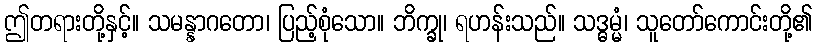
ဤတရားတို့နှင့်။ သမန္နာဂတော၊ ပြည့်စုံသော။ ဘိက္ခု၊ ရဟန်းသည်။ သဒ္ဓမ္မံ၊ သူတော်ကောင်းတို့၏